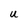
Character: U